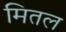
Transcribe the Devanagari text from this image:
मितल